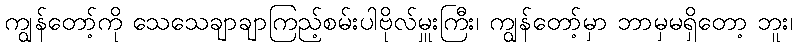
ကျွန်တော့်ကို သေသေချာချာကြည့်စမ်းပါဗိုလ်မှူးကြီး၊ ကျွန်တော့်မှာ ဘာမှမရှိတော့ ဘူး၊